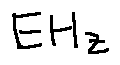
E H z